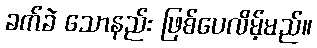
ခက်ခဲ သောနည်း ဖြစ်ပေလိမ့်မည်။